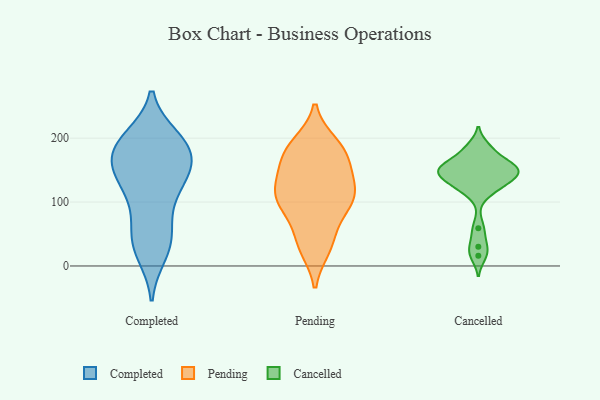
{"axis": {"x": "Bounce Rate (%)", "y": "Value"}, "legend": ["Cancelled", "Completed", "Pending"], "data": [{"x": "", "y": 192, "type": "Completed"}, {"x": "", "y": 190, "type": "Completed"}, {"x": "", "y": 200, "type": "Completed"}, {"x": "", "y": 134, "type": "Completed"}, {"x": "", "y": 158, "type": "Completed"}, {"x": "", "y": 189, "type": "Completed"}, {"x": "", "y": 25, "type": "Completed"}, {"x": "", "y": 146, "type": "Completed"}, {"x": "", "y": 19, "type": "Completed"}, {"x": "", "y": 110, "type": "Completed"}, {"x": "", "y": 101, "type": "Completed"}, {"x": "", "y": 197, "type": "Completed"}, {"x": "", "y": 173, "type": "Completed"}, {"x": "", "y": 45, "type": "Completed"}, {"x": "", "y": 147, "type": "Completed"}, {"x": "", "y": 62, "type": "Completed"}, {"x": "", "y": 171, "type": "Completed"}, {"x": "", "y": 43, "type": "Completed"}, {"x": "", "y": 138, "type": "Completed"}, {"x": "", "y": 190, "type": "Pending"}, {"x": "", "y": 176, "type": "Pending"}, {"x": "", "y": 101, "type": "Pending"}, {"x": "", "y": 36, "type": "Pending"}, {"x": "", "y": 116, "type": "Pending"}, {"x": "", "y": 129, "type": "Pending"}, {"x": "", "y": 181, "type": "Pending"}, {"x": "", "y": 184, "type": "Pending"}, {"x": "", "y": 29, "type": "Pending"}, {"x": "", "y": 113, "type": "Pending"}, {"x": "", "y": 105, "type": "Pending"}, {"x": "", "y": 155, "type": "Pending"}, {"x": "", "y": 162, "type": "Pending"}, {"x": "", "y": 84, "type": "Pending"}, {"x": "", "y": 123, "type": "Pending"}, {"x": "", "y": 92, "type": "Pending"}, {"x": "", "y": 38, "type": "Pending"}, {"x": "", "y": 180, "type": "Cancelled"}, {"x": "", "y": 152, "type": "Cancelled"}, {"x": "", "y": 59, "type": "Cancelled"}, {"x": "", "y": 30, "type": "Cancelled"}, {"x": "", "y": 149, "type": "Cancelled"}, {"x": "", "y": 154, "type": "Cancelled"}, {"x": "", "y": 132, "type": "Cancelled"}, {"x": "", "y": 155, "type": "Cancelled"}, {"x": "", "y": 186, "type": "Cancelled"}, {"x": "", "y": 145, "type": "Cancelled"}, {"x": "", "y": 163, "type": "Cancelled"}, {"x": "", "y": 147, "type": "Cancelled"}, {"x": "", "y": 123, "type": "Cancelled"}, {"x": "", "y": 134, "type": "Cancelled"}, {"x": "", "y": 116, "type": "Cancelled"}, {"x": "", "y": 16, "type": "Cancelled"}]}